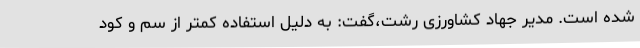
شده است. مدیر جهاد کشاورزی رشت،گفت: به دلیل استفاده کمتر از سم و کود